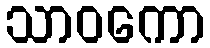
သာဝကော